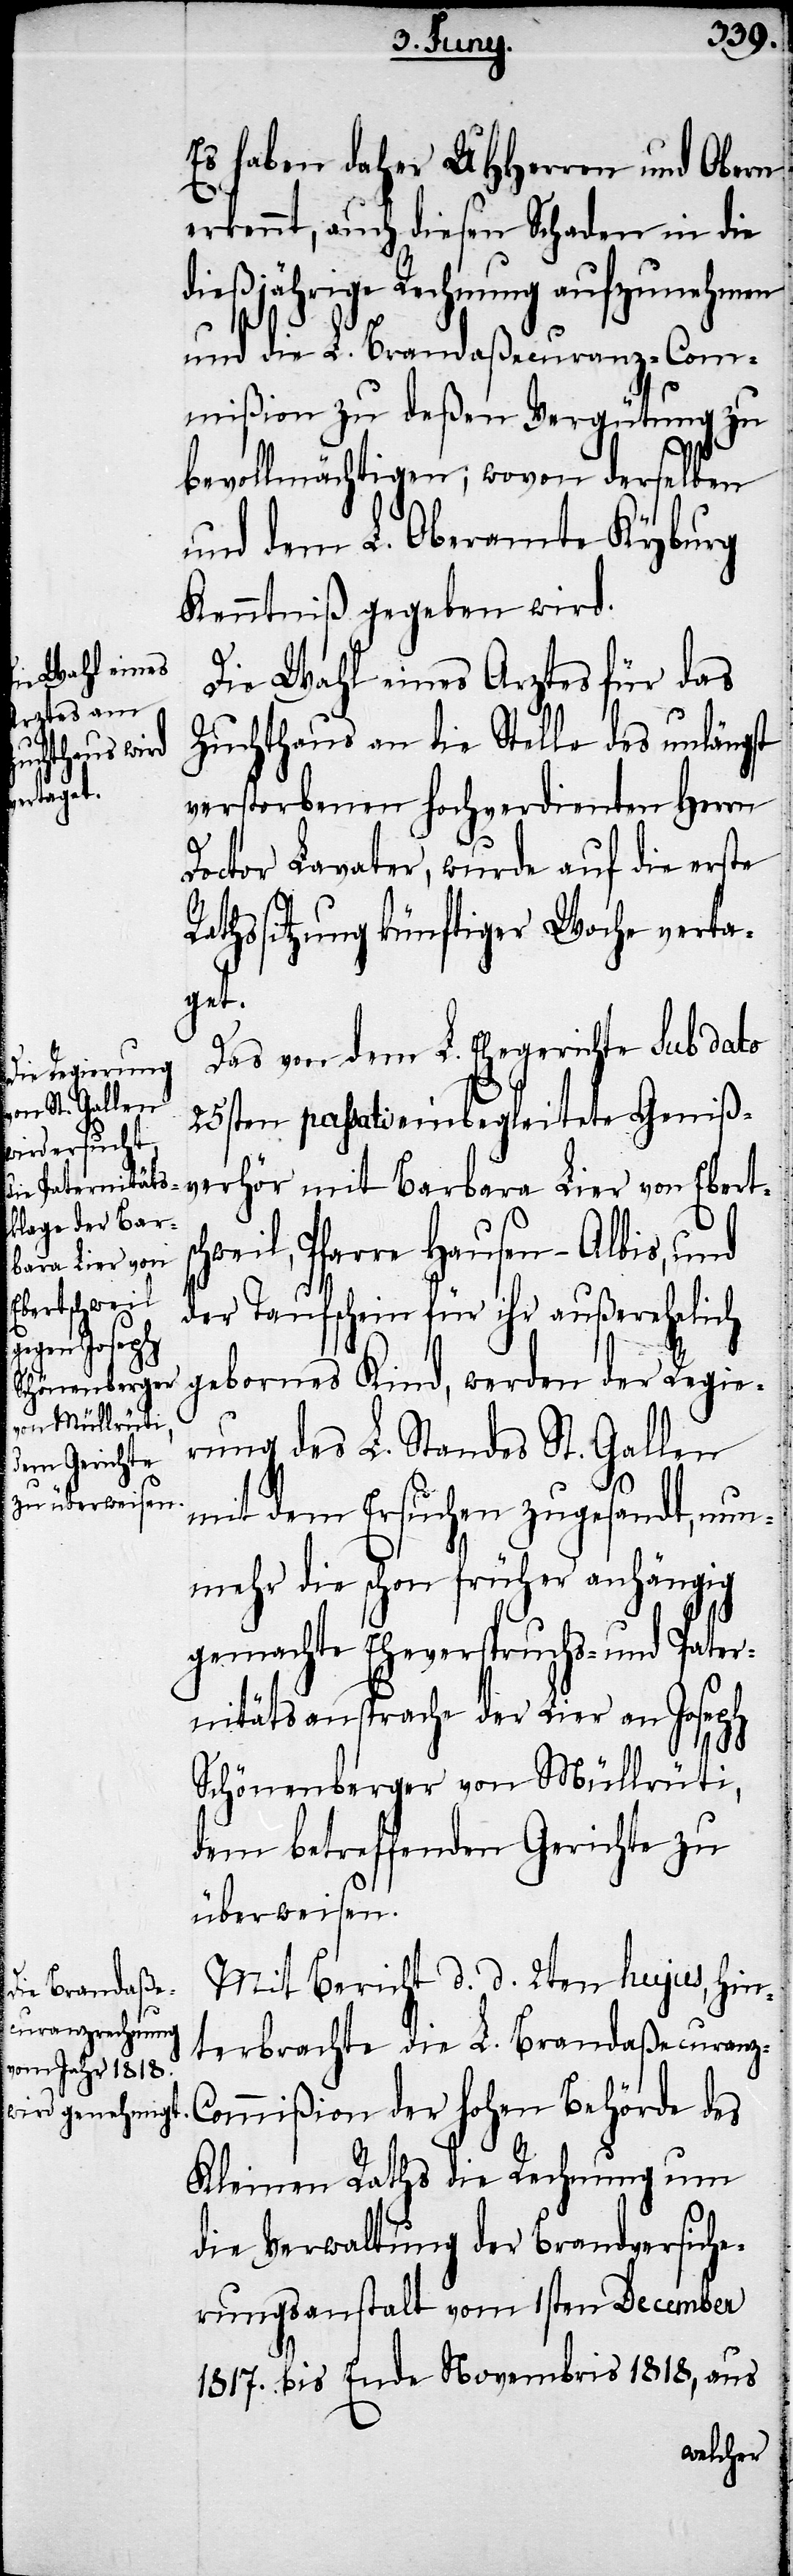
Die Wahl eines Arztes für das
Zuchthaus an die Stelle des unlängst
verstorbenen hochverdienten Herrn
Doctor Lavater, wurde auf die erste
Rathssitzung künftiger Woche verta¬
get.
Das von dem L. Ehegerichte sub dato
25sten passati einbegleitete Geniß¬
verhör mit Barbara Lier von Eberts¬
weil, Pfarre Hausen-Albis, und
der Taufschein für ihr außerehelich
gebornes Kind, werden der Regie¬
rung des L. Standes St. Gallen
mit dem Ersuchen zugesandt, nun¬
mehr die schon früher anhängig
gemachte Eheverspruchs- und Pater¬
nitätsansprache der Lier an Joseph
ch¬
Schönenberger von Müllrüti,
dem betreffenden Gerichte zu
überweisen.
Mit Bericht d. d. 2ten hujus, hin¬
terbrachte die L. Brandaßecuranz-C¬
ommißion der hohen Behörde des
Kleinen Raths die Rechnung um
die Verwaltung der Brandversiche¬
rungsanstalt vom 1sten December
1817. bis Ende Novembris 1818, aus